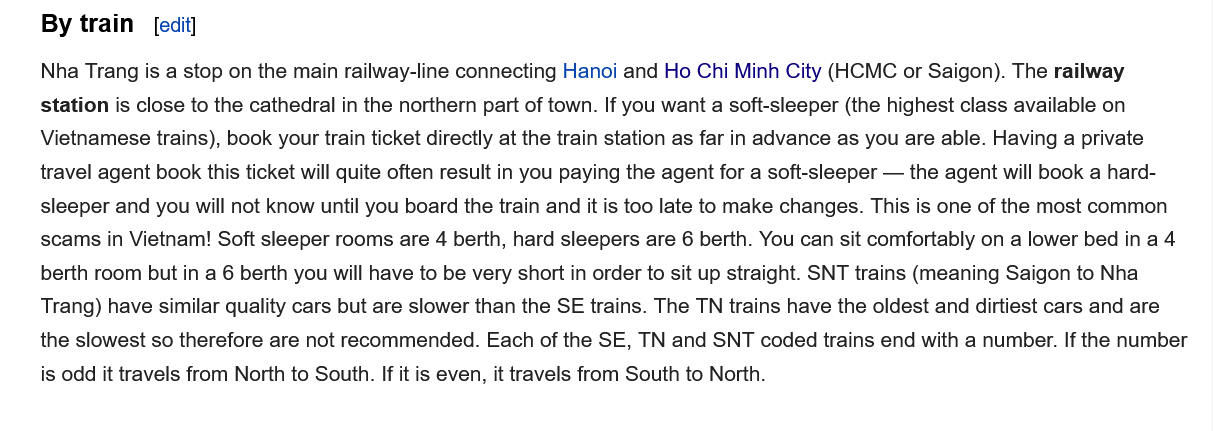
Nha Trang is a stop on the main railway-line connecting Hanoi and Ho Chi Minh City (HCMC or Saigon). The railway
    station is close to the cathedral in the northern part of town. If you want a soft-sleeper (the highest class available on
    Vietnamese trains), book your train ticket directly at the train station as far in advance as you are able. Having a private
    travel agent book this ticket will quite often result in you paying the agent for a soft-sleeper —
     the agent will book a hard-
    sleeper and you will not know until you board the train and it is too late to make changes. This is one of the most common
    scams in Vietnam! Soft sleeper rooms are 4 berth, hard sleepers are 6 berth. You can sit comfortably on a lower bed in a 4
    berth room but in a 6 berth you will have to be very short in order to sit up straight. SNT trains (meaning Saigon to Nha
    Trang) have similar quality cars but are slower than the SE trains. The TN trains have the oldest and dirtiest cars and are
    the slowest so therefore are not recommended. Each of the SE, TN and SNT coded trains end with a number. If the number
    is odd it travels from North to South. If it is even, it travels from South to North.
    By train   [edit]